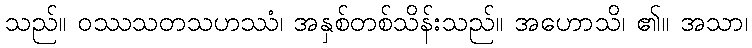
သည်။ ဝဿသတသဟဿံ၊ အနှစ်တစ်သိန်းသည်။ အဟောသိ၊ ၏။ အသာ၊